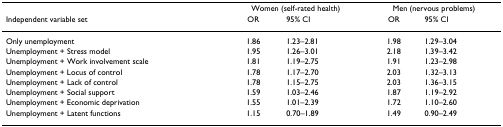
<table><thead><tr><td></td><td colspan="2"><b>Women (self-rated health)</b></td><td colspan="2"><b>Men (nervous problems)</b></td></tr><tr><td><b>Independent variable set</b></td><td><b>OR</b></td><td><b>95% CI</b></td><td><b>OR</b></td><td><b>95% CI</b></td></tr></thead><tbody><tr><td>Only unemployment</td><td>1.86</td><td>1.23–2.81</td><td>1.98</td><td>1.29–3.04</td></tr><tr><td>Unemployment + Stress model</td><td>1.95</td><td>1.26–3.01</td><td>2.18</td><td>1.39–3.42</td></tr><tr><td>Unemployment + Work involvement scale</td><td>1.81</td><td>1.19–2.75</td><td>1.91</td><td>1.23–2.98</td></tr><tr><td>Unemployment + Locus of control</td><td>1.78</td><td>1.17–2.70</td><td>2.03</td><td>1.32–3.13</td></tr><tr><td>Unemployment + Lack of control</td><td>1.78</td><td>1.15–2.75</td><td>2.03</td><td>1.36–3.15</td></tr><tr><td>Unemployment + Social support</td><td>1.59</td><td>1.03–2.46</td><td>1.87</td><td>1.19–2.92</td></tr><tr><td>Unemployment + Economic deprivation</td><td>1.55</td><td>1.01–2.39</td><td>1.72</td><td>1.10–2.60</td></tr><tr><td>Unemployment + Latent functions</td><td>1.15</td><td>0.70–1.89</td><td>1.49</td><td>0.90–2.49</td></tr></tbody></table>